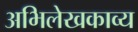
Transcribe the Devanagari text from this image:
अभिलेखकाव्य